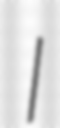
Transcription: I